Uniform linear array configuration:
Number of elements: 48
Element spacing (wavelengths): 1
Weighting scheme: blackman
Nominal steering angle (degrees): -60
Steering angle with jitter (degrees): -58.4
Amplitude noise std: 0.05
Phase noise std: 0.05

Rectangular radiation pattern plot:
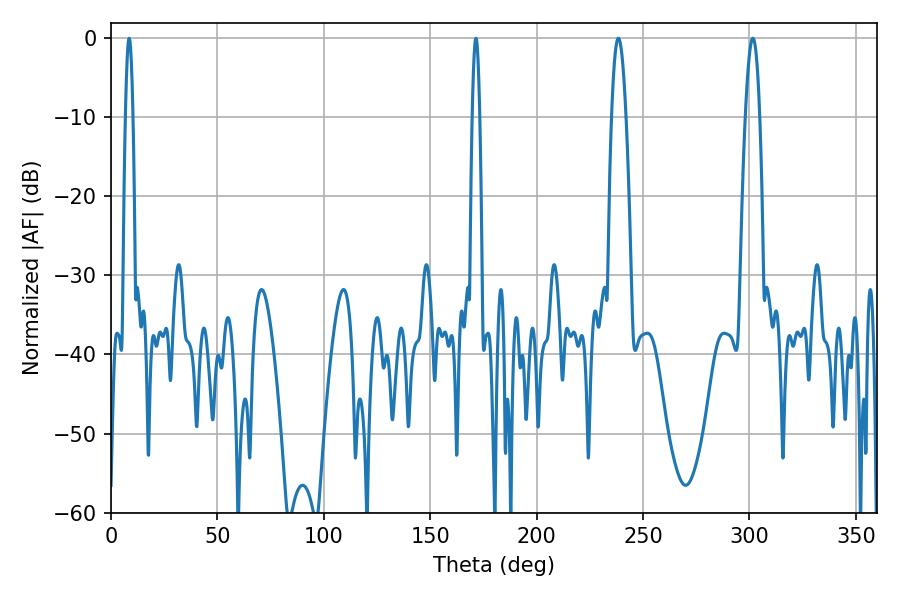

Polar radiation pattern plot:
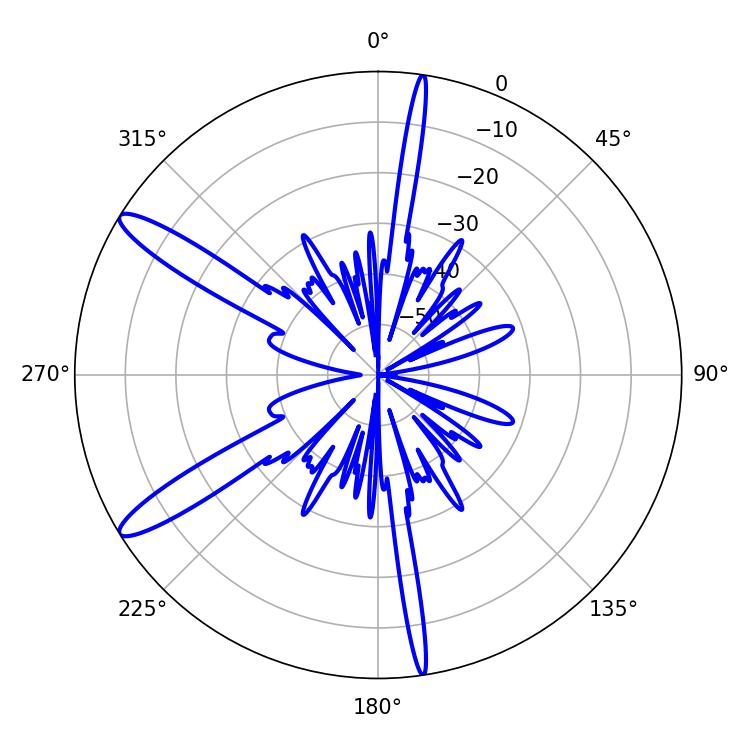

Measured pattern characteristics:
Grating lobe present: TRUE
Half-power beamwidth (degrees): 3.6
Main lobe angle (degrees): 238.32